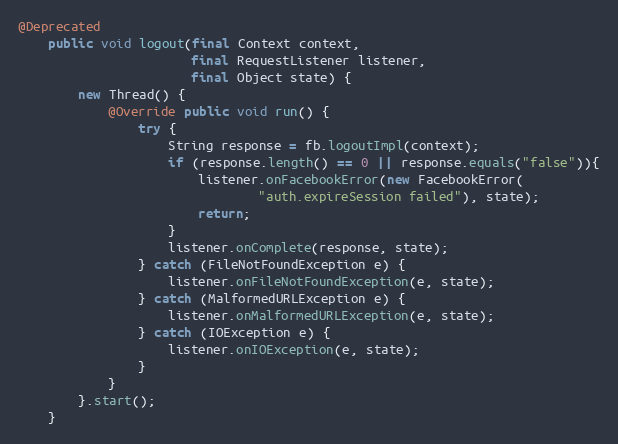
Language: Java
@Deprecated
    public void logout(final Context context,
                       final RequestListener listener,
                       final Object state) {
        new Thread() {
            @Override public void run() {
                try {
                    String response = fb.logoutImpl(context);
                    if (response.length() == 0 || response.equals("false")){
                        listener.onFacebookError(new FacebookError(
                                "auth.expireSession failed"), state);
                        return;
                    }
                    listener.onComplete(response, state);
                } catch (FileNotFoundException e) {
                    listener.onFileNotFoundException(e, state);
                } catch (MalformedURLException e) {
                    listener.onMalformedURLException(e, state);
                } catch (IOException e) {
                    listener.onIOException(e, state);
                }
            }
        }.start();
    }